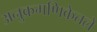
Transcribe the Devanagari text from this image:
अनुक्रमणिकेतले